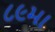
૮૯મા